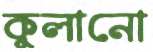
কুলানো